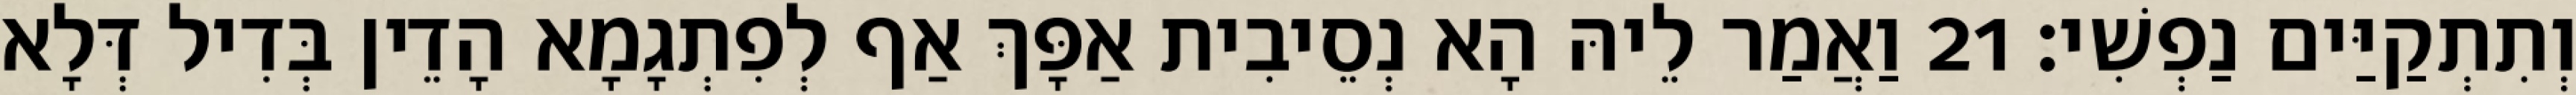
וְתִתְקַיַּים נַפְשִׁי׃ 21 וַאֲמַר לֵיהּ הָא נְסֵיבִית אַפָּךְ אַף לְפִתְגָמָא הָדֵין בְּדִיל דְּלָא